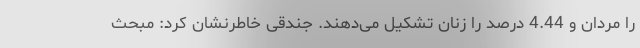
را مردان و 4.44 درصد را زنان تشکیل می‌دهند. جندقی خاطرنشان کرد: مبحث